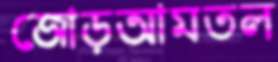
জোড়আমতল